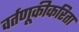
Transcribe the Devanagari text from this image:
वर्तणूकीकरिता